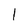
Character: l